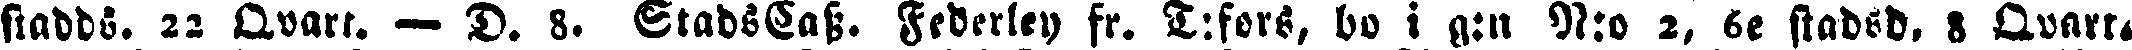
sradds. 22 Qvart. — D. 8. StadsCass. Federley fr. T:fors, bo i g:n N:o 2, 6e stadsd. 8 Qvart.